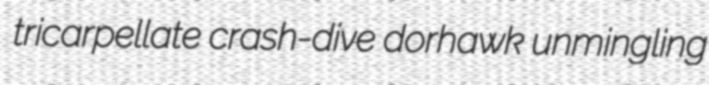
tricarpellate crash-dive dorhawk unmingling